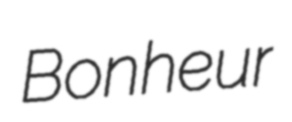
Bonheur